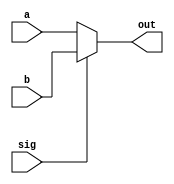
//32bit, 2 to 1 mux
module MUX2to1 (
	input [31:0] a, 
	input [31:0] b,
	input sig,	
	output [31:0] out
	);
	assign out = (sig == 1'b0) ? a : b;

endmodule

module MUX4to1 (
	input [31:0] a, 
	input [31:0] b,
	input [31:0] c,
	input [31:0] d,
	input [1:0] sig,	
	output [31:0] out
	);

	assign out = (sig[1] == 1'b0) ? ((sig[0] == 1'b0) ? a : b) : ((sig[0] == 1'b0) ? c : d);

endmodule